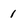
Character: 1